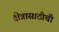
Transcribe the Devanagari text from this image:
क्षेत्रासाठीची